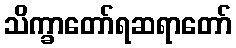
သိက္ခာတော်ရဆရာတော်